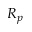
R _ { p }